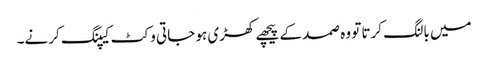
میں بالنگ کرتا تو وہ صمد کے پیچھے کھڑی ہو جاتی وکٹ کیپنگ کرنے۔